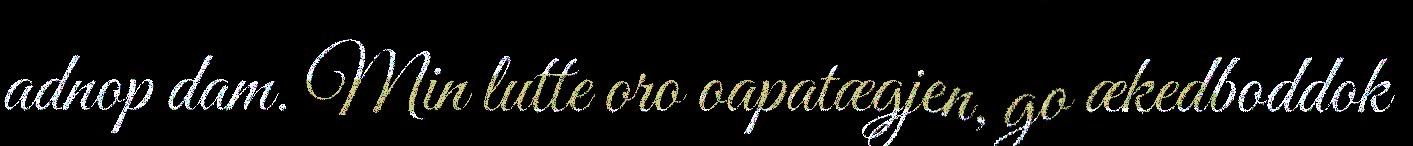
adnop dam. Min lutte oro oapatægjen, go ækedboddok